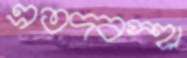
এতদবস্হা